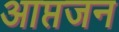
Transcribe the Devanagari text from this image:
आप्तजन